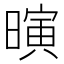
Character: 𪱄